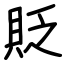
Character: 貶